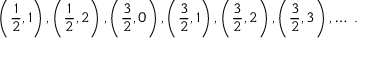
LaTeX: \left( \frac 1 2 , 1 \right) , \left( \frac 1 2 , 2 \right) , \left( \frac 3 2 , 0 \right) , \left( \frac 3 2 , 1 \right) , \left( \frac 3 2 , 2 \right) , \left( \frac 3 2 , 3 \right) , \ldots \ .